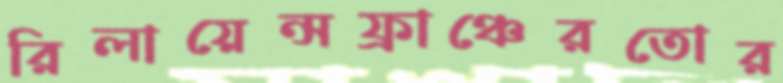
রিলায়েন্সফ্রাঞ্চেরতোর